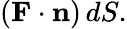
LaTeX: (\mathbf{F}\cdot\mathbf{n})\, dS.